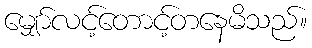
မျှော်လင့်တောင့်တနေမိသည်။